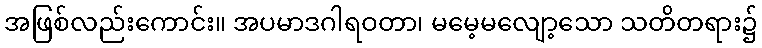
အဖြစ်လည်းကောင်း။ အပမာဒဂါရဝတာ၊ မမေ့မလျော့သော သတိတရား၌